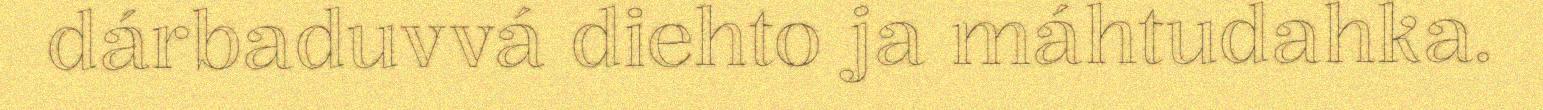
dárbaduvvá diehto ja máhtudahka.